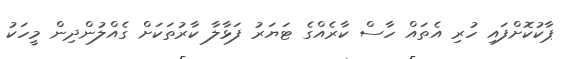
ޕާކުކޮށްފައި ހުރި އެތައް ހާސް ކާރެއްގެ ޓަޔަރު ފަޅާލާ ކާރުތަކަށް ގެއްލުންދިން މީހަކު